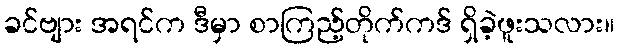
ခင်ဗျား အရင်က ဒီမှာ စာကြည့်တိုက်ကဒ် ရှိခဲ့ဖူးသလား။